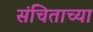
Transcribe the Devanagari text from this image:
संचिताच्या